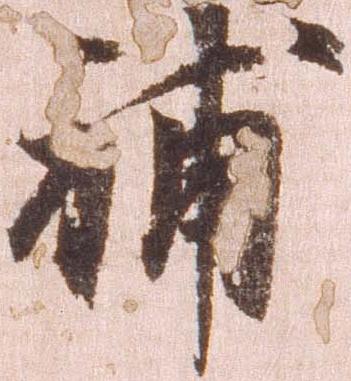
補